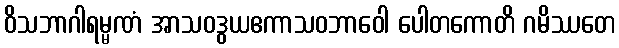
ဝိသဘာဂါရမ္မဏံ အာသဝဒွယဧကာသဝဘာဝေါ ပေါတကောတိ ဂမိဿတေ